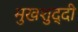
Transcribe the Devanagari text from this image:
मुखशुद्दी